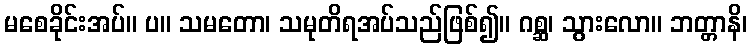
မစေခိုင်းအပ်။ ပ။ သမတော၊ သမုတိရအပ်သည်ဖြစ်၍။ ဂစ္ဆ၊ သွားလော။ ဘတ္တာနိ၊